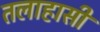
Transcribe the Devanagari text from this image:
तलाहासी